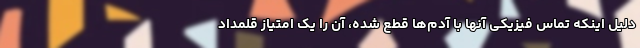
دلیل اینکه تماس فیزیکی آنها با آدم‌ها قطع شده، آن را یک امتیاز قلمداد